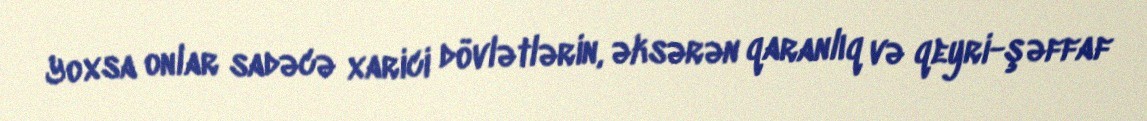
Yoxsa onlar sadəcə xarici dövlətlərin, əksərən qaranlıq və qeyri-şəffaf